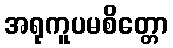
အရုကူပမစိတ္တော